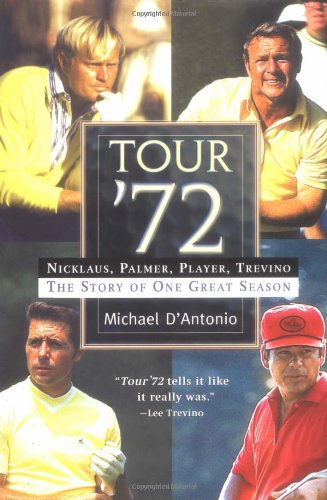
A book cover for Tour '72; Michael D'Antonio; Biographies & Memoirs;